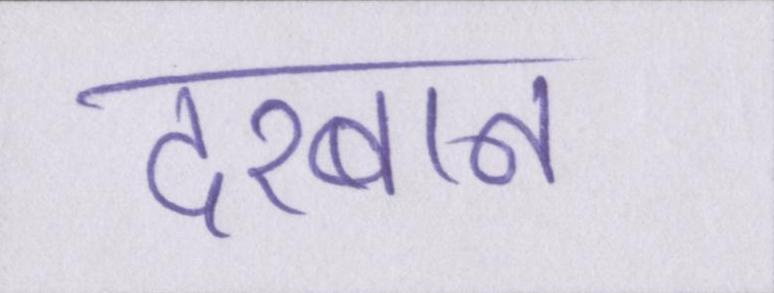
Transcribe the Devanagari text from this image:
दरबान